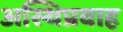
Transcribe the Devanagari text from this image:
अस्थिप्रवाह